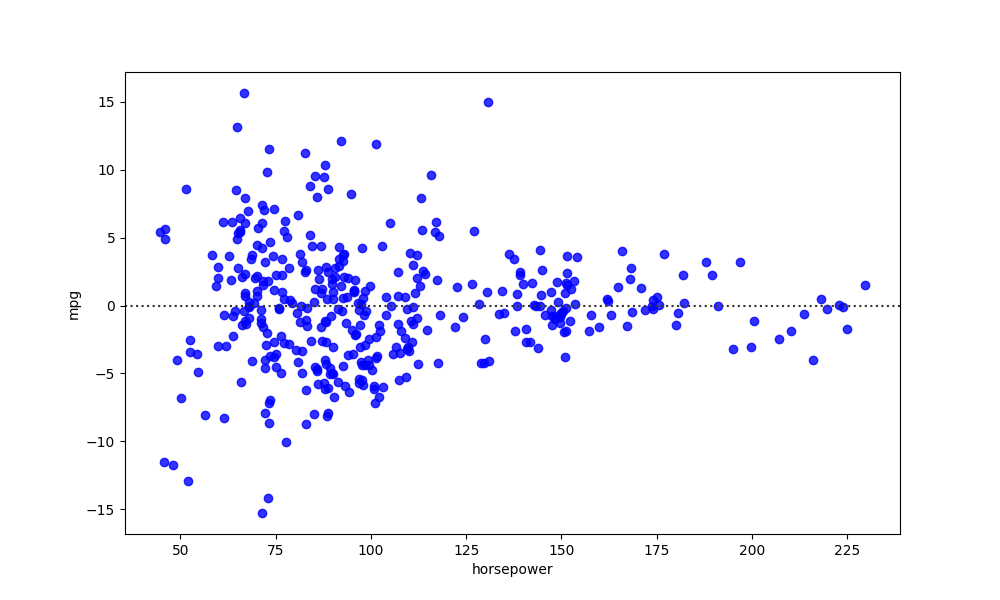
python, seaborn, residplot, lowess=False, scatter_color=blue